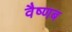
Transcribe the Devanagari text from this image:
वैष्णब